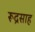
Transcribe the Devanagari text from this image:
रूद्रसाह